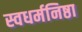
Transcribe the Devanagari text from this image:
स्वधर्मनिष्ठा